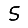
Digit: 5